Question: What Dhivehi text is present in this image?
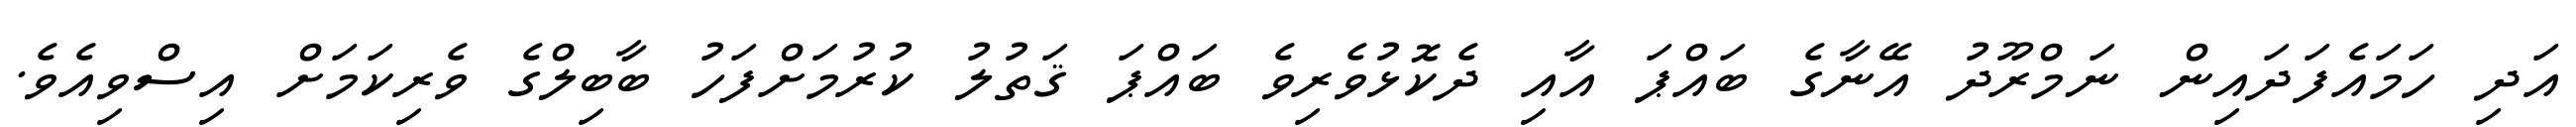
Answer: އަދި ހަމައެފަދައިން ނަމްރޫދު އޭނާގެ ބައްޕަ އާއި ދެކޮޅުވެރިވެ ބައްޕަ ޤަތުލު ކުރުމަށްފަހު ބާބިލްގެ ވެރިކަމަށް އިސްވިއެވެ.